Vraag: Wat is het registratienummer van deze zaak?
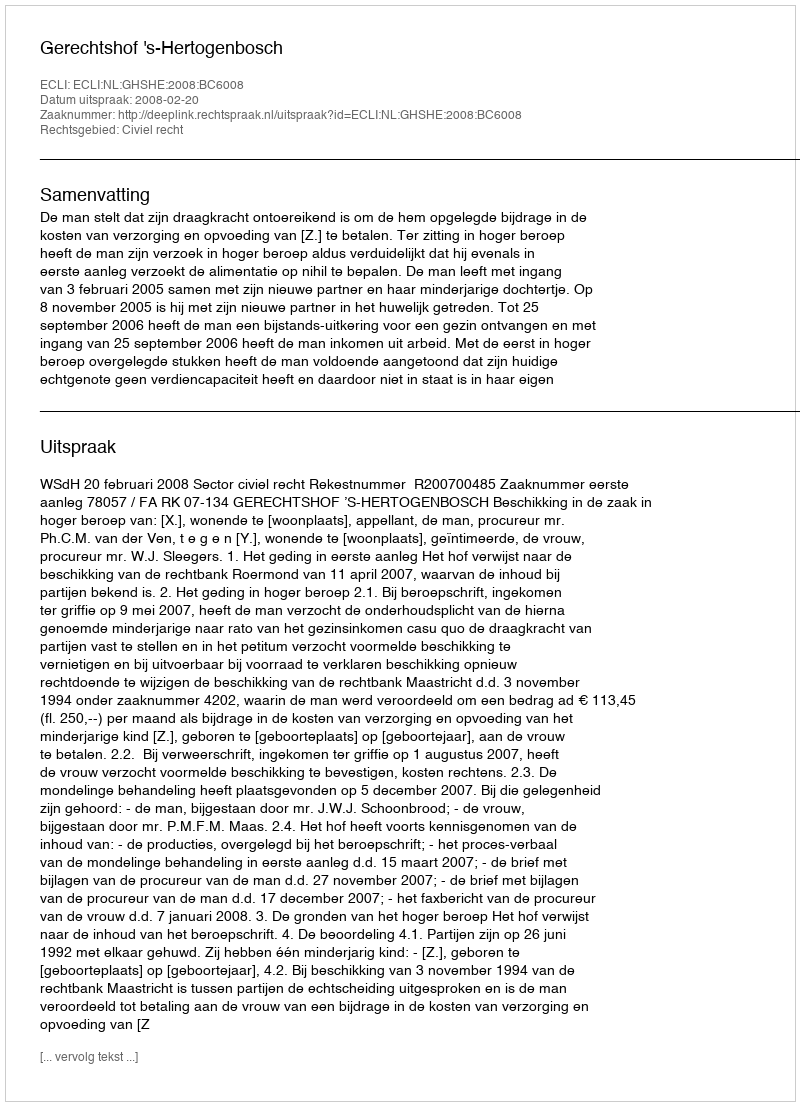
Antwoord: http://deeplink.rechtspraak.nl/uitspraak?id=ECLI:NL:GHSHE:2008:BC6008